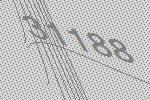
31188